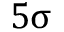
5 \upsigma